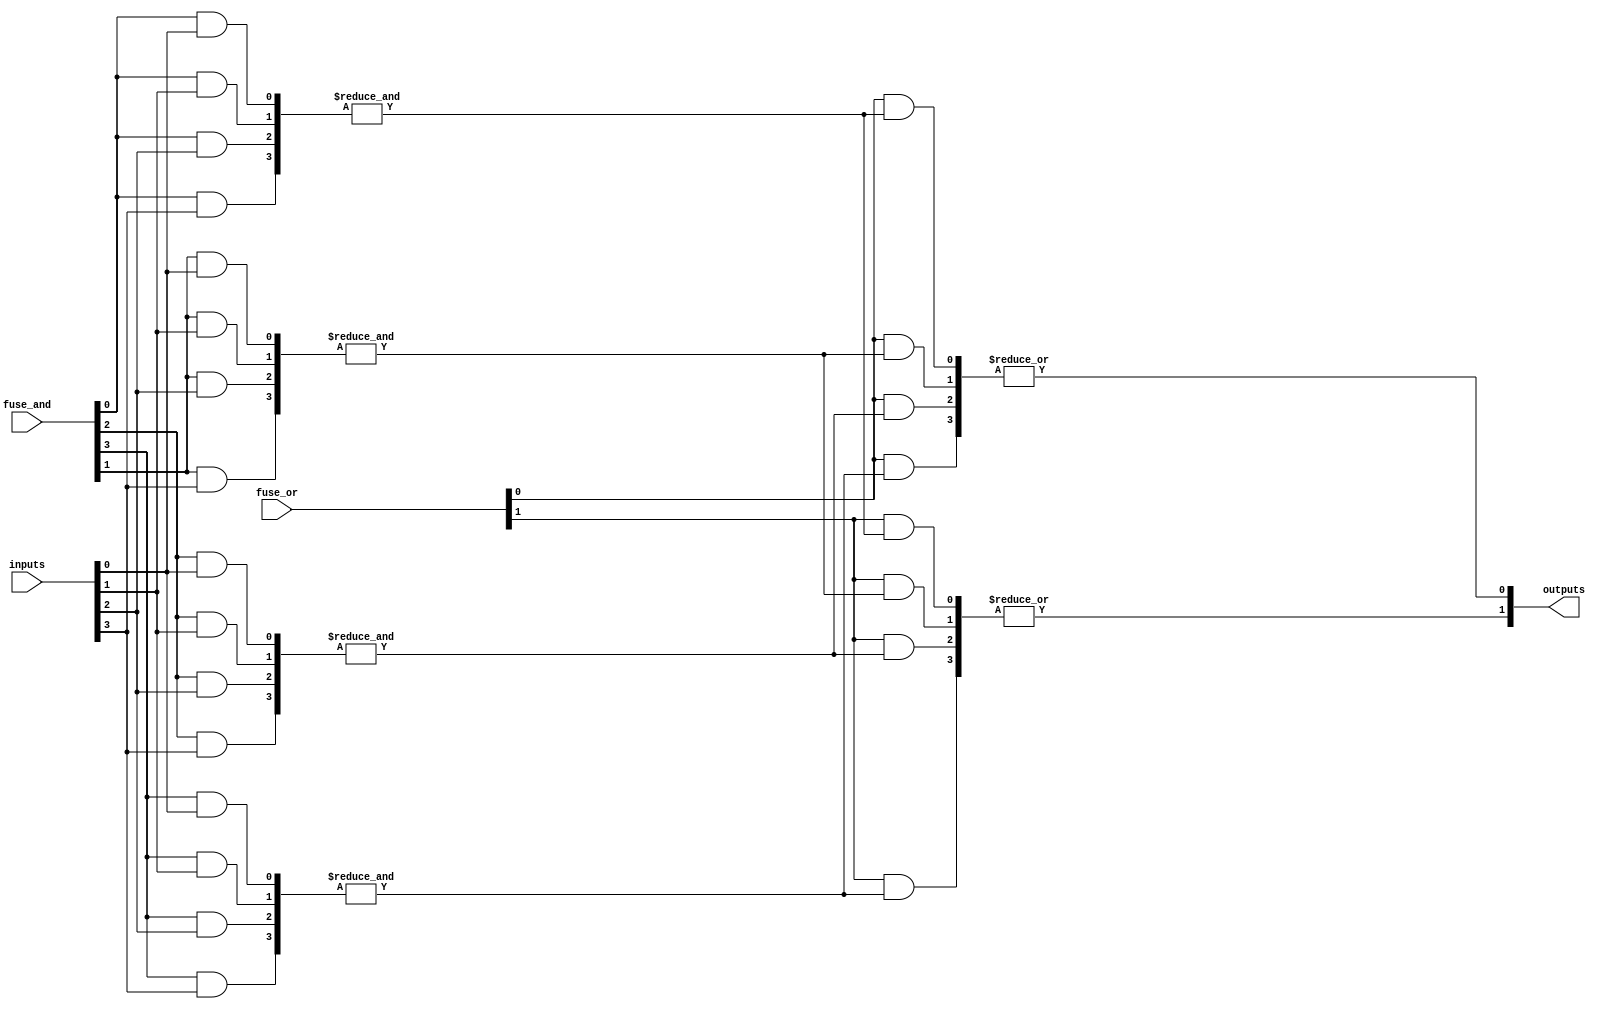
module fuse_based_PLA (
    input wire [N-1:0] inputs,          // Input lines (N inputs)
    input wire [M-1:0] fuse_and,        // Fuse configuration for AND gates (M fuses)
    input wire [P-1:0] fuse_or,         // Fuse configuration for OR gates (P fuses)
    output wire [O-1:0] outputs         // Output lines (O outputs)
);

// Parameters
parameter N = 4;  // Number of inputs
parameter M = 4;  // Number of AND gates
parameter P = 4;  // Number of product terms
parameter O = 2;  // Number of outputs

// Internal signals for product terms
wire [P-1:0] product_terms;

// AND array implementation
genvar i, j;
generate
    for (i = 0; i < M; i = i + 1) begin : and_gates
        wire [N-1:0] and_inputs;
        // Connect inputs to AND gates based on fuse configuration
        for (j = 0; j < N; j = j + 1) begin
            assign and_inputs[j] = (fuse_and[i] & inputs[j]);
        end
        assign product_terms[i] = &and_inputs;  // AND operation
    end
endgenerate

// OR array implementation
genvar k;
generate
    for (k = 0; k < O; k = k + 1) begin : or_gates
        wire [P-1:0] or_inputs;
        // Connect product terms to OR gates based on fuse configuration
        for (j = 0; j < P; j = j + 1) begin
            assign or_inputs[j] = (fuse_or[k] & product_terms[j]);
        end
        assign outputs[k] = |or_inputs;  // OR operation
    end
endgenerate

endmodule